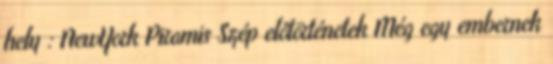
hely : NewYork Piramis Szép előtörténetek Még egy embernek